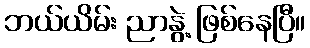
ဘယ်ယိမ်း ညာနွဲ့ ဖြစ်နေပြီ။